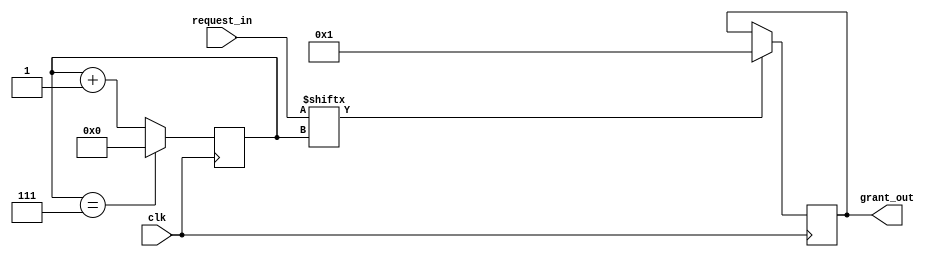
module round_robin_arbiter (
    input wire clk,
    input wire [7:0] request_in,
    output reg [7:0] grant_out
);

reg [7:0] counter;
reg [7:0] priority;
reg grant_next;

always @ (posedge clk) begin
    if (grant_next) begin
        priority <= request_in;
    end
end

always @ (posedge clk) begin
    if (counter == 7) begin
        counter <= 0;
    end
    else begin
        counter <= counter + 1;
    end

    if (request_in[counter]) begin
        grant_out <= request_in[counter];
    end 
end

always @ (posedge clk) begin
    if (priority == request_in[counter]) begin
        grant_next = 0;
    end
    else begin
        grant_next = 1;
    end
end

endmodule